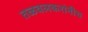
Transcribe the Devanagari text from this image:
तळवलकरांनीच